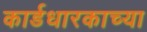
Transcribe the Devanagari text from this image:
कार्डधारकाच्या